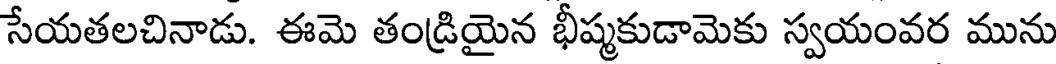
సేయతలచినాడు. ఈమె తండ్రియైన భీష్మకుడామెకు స్వయంవర మును